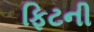
ફિટની